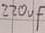
Text: 220µF